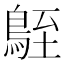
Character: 𪀒